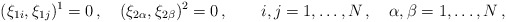
\begin{align*}(\xi_{1i},\xi_{1j})^1=0\,, \quad (\xi_{2\alpha},\xi_{2\beta})^2=0\,, \qquad i,j=1,\ldots,N\,,\quad\alpha,\beta=1,\ldots,N\,, \end{align*}